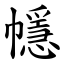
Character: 㡥